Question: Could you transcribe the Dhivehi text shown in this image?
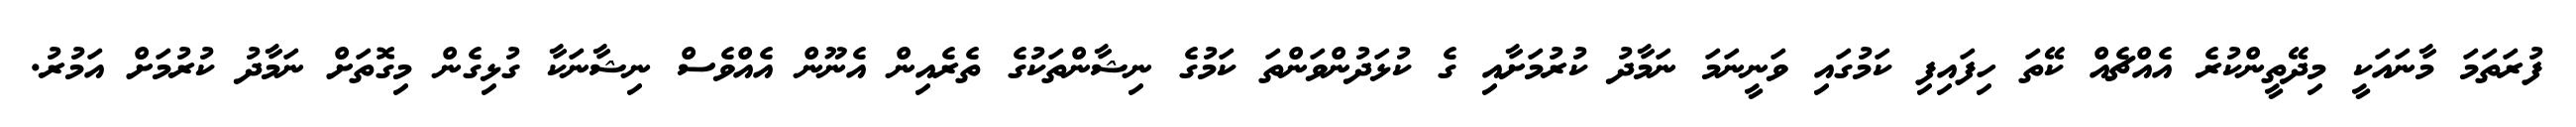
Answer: ފުރަތަމަ މާނައަކީ މިދޭތީންކުރެ އެއްޗެއް ކޭތަ ހިފައިފި ކަމުގައި ވަނީނަމަ ނަމާދު ކުރުމަށާއި ގެ ކުޅަދުންވަންތަ ކަމުގެ ނިޝާންތަކުގެ ތެރެއިން އެނޫން އެއްވެސް ނިޝާނަކާ ގުޅިގެން މިގޮތަށް ނަމާދު ކުރުމަށް އަމުރު.